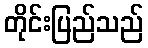
တိုင်းပြည်သည်